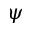
\psi